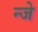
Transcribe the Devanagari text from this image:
न्जे